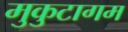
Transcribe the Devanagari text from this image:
मुकुटागम